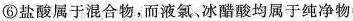
⑥盐酸属于混合物，而液氯，冰醋酸均属于纯净物